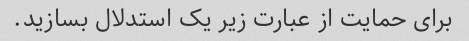
برای حمایت از عبارت زیر یک استدلال بسازید.